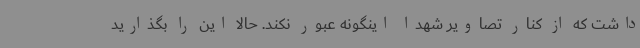
داشت که از کنار تصاویر شهدا اینگونه عبور نکند. حالا این را بگذارید